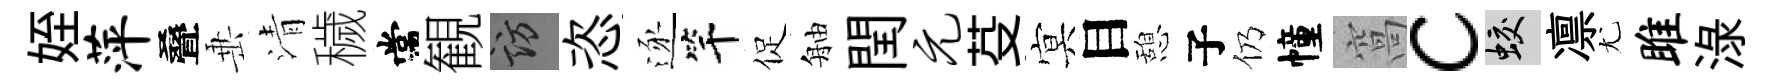
姪萍叠𡸁清穢常観訪恣逐竿促舳閏元芟㝠目憩子仍幢窩c蛟凛尤雎渌